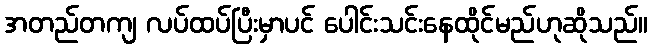
အတည်တကျ လပ်ထပ်ပြီးမှာပင် ပေါင်းသင်းနေထိုင်မည်ဟုဆိုသည်။